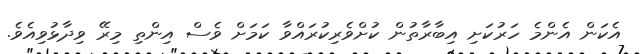
އެކަން އެންމެ ހަރުކަށި އިބާރާތުން ކުށްވެރިކުރައްވާ ކަމަށް ވެސް އިންތި މިރޭ ވިދާޅުވިއެވެ.